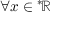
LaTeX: \forall x \in { ^ { * } \! \mathbb { R } }